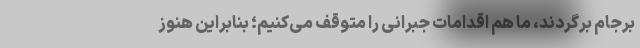
برجام برگردند، ما هم اقدامات جبرانی را متوقف می‌کنیم؛ بنابراین هنوز